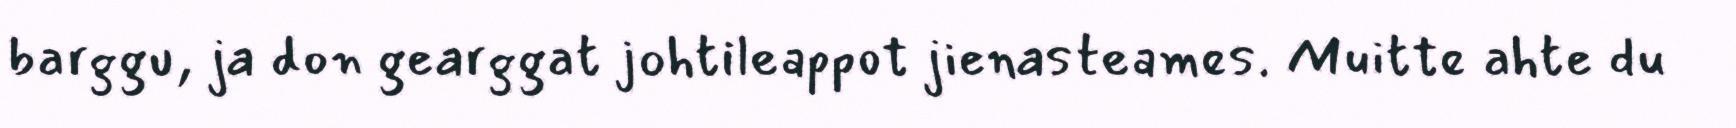
barggu, ja don gearggat johtileappot jienasteames. Muitte ahte du